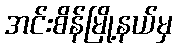
အင်းစိန်မြို့နယ်မှ